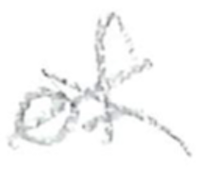
Text: of
Cross-out: cross
Writing tool: pencil